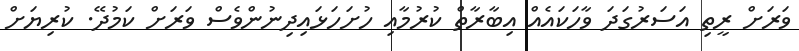
ވަރަށް ރީތި އަސަރުގަދަ ވާހަކައެއް އިބާރާތް ކުރުމާއި ހުށަހަޅައިދިނުންވެސް ވަރަށް ކަމުދޭ. ކުރިޔަށް